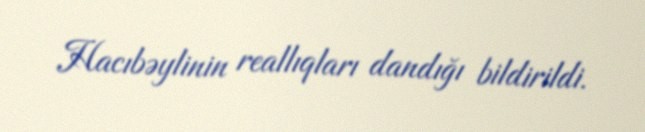
Hacıbəylinin reallıqları dandığı bildirildi.